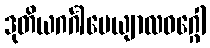
ဒုတိယဂင်္ဂါပေယျာလဝဂ္ဂေါ